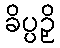
ခိပ္ပဉှိ